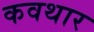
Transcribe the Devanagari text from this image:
कवथार